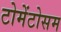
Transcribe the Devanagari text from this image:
टोमेंटोसम